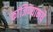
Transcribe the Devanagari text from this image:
कांजिण्यामधे